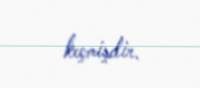
keçmişdir.